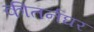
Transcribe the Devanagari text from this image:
कीतर्नघर